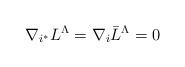
LaTeX: \begin{align*}\nabla_{i^*} L^\Lambda = \nabla_i \bar L^\Lambda =0\end{align*}